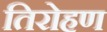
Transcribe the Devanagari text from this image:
तिरोहण